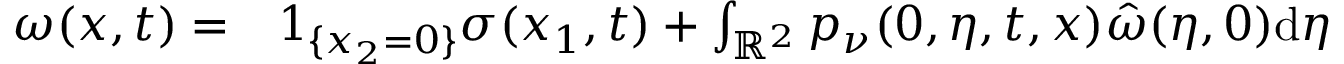
\begin{array} { r l } { \omega ( x , t ) = } & { { } 1 _ { \{ x _ { 2 } = 0 \} } \sigma ( x _ { 1 } , t ) + \int _ { \mathbb { R } ^ { 2 } } p _ { \nu } ( 0 , \eta , t , x ) \hat { \omega } ( \eta , 0 ) \mathrm { d } \eta } \end{array}